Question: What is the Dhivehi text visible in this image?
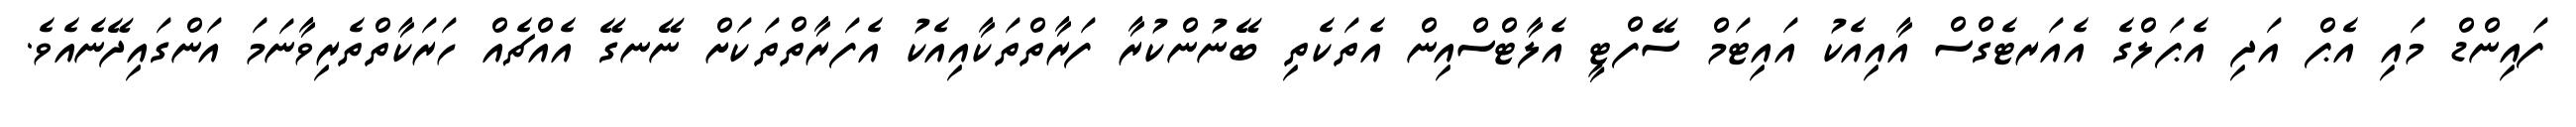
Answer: ފައިންޑް މައި އެޕް އަދި އެޕަލްގެ އެއަރޓެގްސް އާއިއެކު އައިޓަމް ސޭފްޓީ އެލާޓްސްއިން އެތަކެތި ބޭނުންކުރާ ފަރާތްތަކާއިއެކު އެފަރާތްތަކަށް ނޭނގޭ އެއްޗެއް ހަރަކާތްތެރިވާނަމަ އަންގައިދޭނެއެވެ.